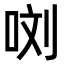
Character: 𭇯